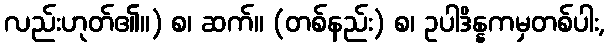
လည်းဟုတ်၏။) စ၊ ဆက်။ (တစ်နည်း) စ၊ ဥပါဒိန္နကမှတစ်ပါး,